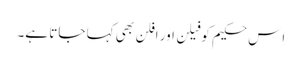
اِس حکیم کو فیلن اور افلَن بھی کہا جاتا ہے۔